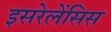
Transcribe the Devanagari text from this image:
इसरेलेंसिस